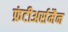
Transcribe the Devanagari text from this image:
फ्रंटीअर्समैन